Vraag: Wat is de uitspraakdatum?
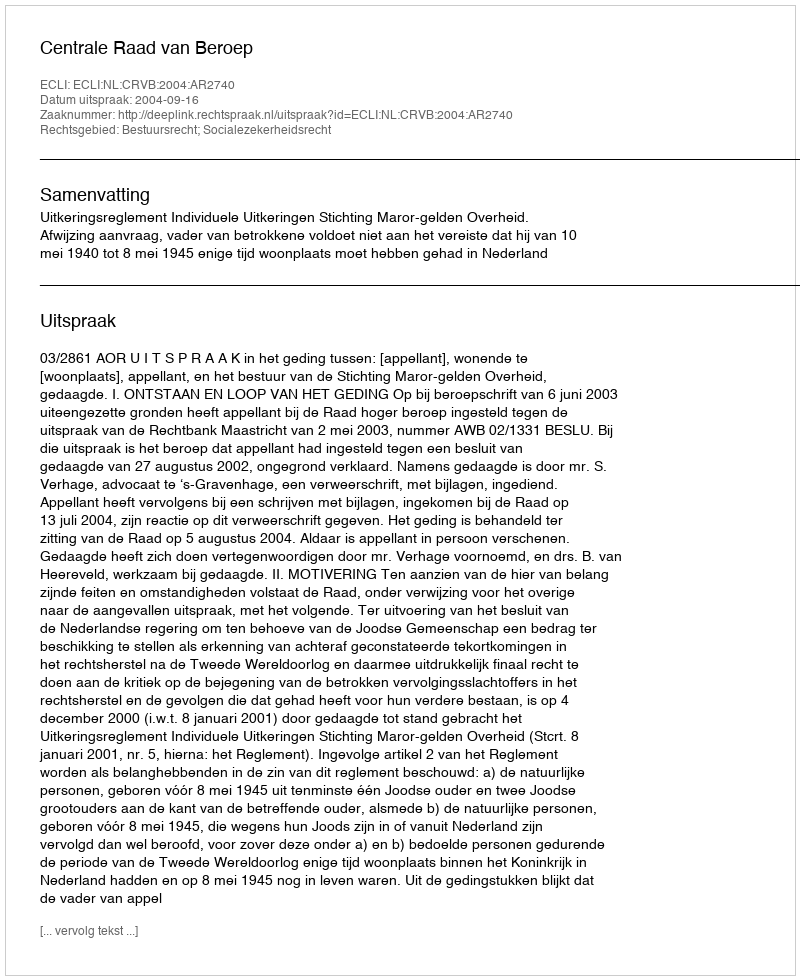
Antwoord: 2004-09-16